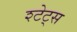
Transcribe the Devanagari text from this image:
श्टेट्स